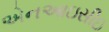
એનઆઇસીઇ